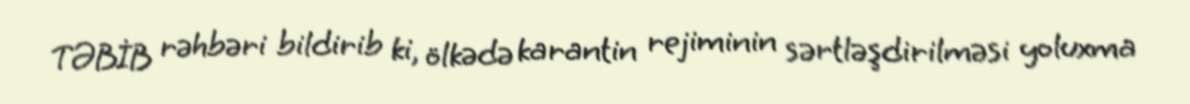
TƏBİB rəhbəri bildirib ki, ölkədə karantin rejiminin sərtləşdirilməsi yoluxma